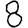
Digit: 8